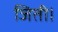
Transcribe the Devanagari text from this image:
जिती।